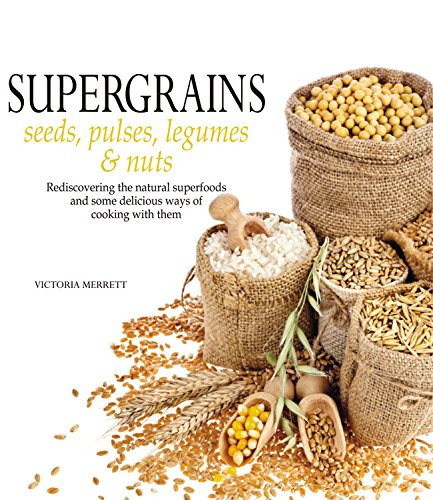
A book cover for Super Grains: Seeds, Pulses, Legumes & Nuts; Victoria Merrett; Cookbooks, Food & Wine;